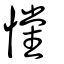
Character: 戃